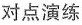
对点演练